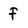
Character: f